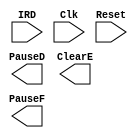
`timescale 1ns / 1ps
//////////////////////////////////////////////////////////////////////////////////
// Company: 
// Engineer: 
// 
// Design Name: 
// Module Name:    Pause_unit 
// Project Name: 
// Target Devices: 
// Tool versions: 
// Description: 
//
// Dependencies: 
//
// Revision: 
// Revision 0.01 - File Created
// Additional Comments: 
//
//////////////////////////////////////////////////////////////////////////////////
module Pause_unit(
    input [31:0] IRD,
    input Clk,
    input Reset,
    output PauseD,
    output ClearE,
    output PauseF
    );


endmodule